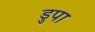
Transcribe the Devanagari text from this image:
डुपा